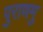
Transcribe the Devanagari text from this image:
पुराणमु